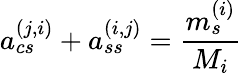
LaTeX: a_{cs}^{(j,i)}+a_{ss}^{(i,j)}=\frac{m_{s}^{(i)}}{M_{i}}